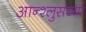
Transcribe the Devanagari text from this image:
आन्श्लुसच्या